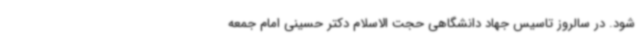
شود. در سالروز تاسیس جهاد دانشگاهی حجت الاسلام دکتر حسینی امام جمعه